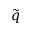
\tilde { q }